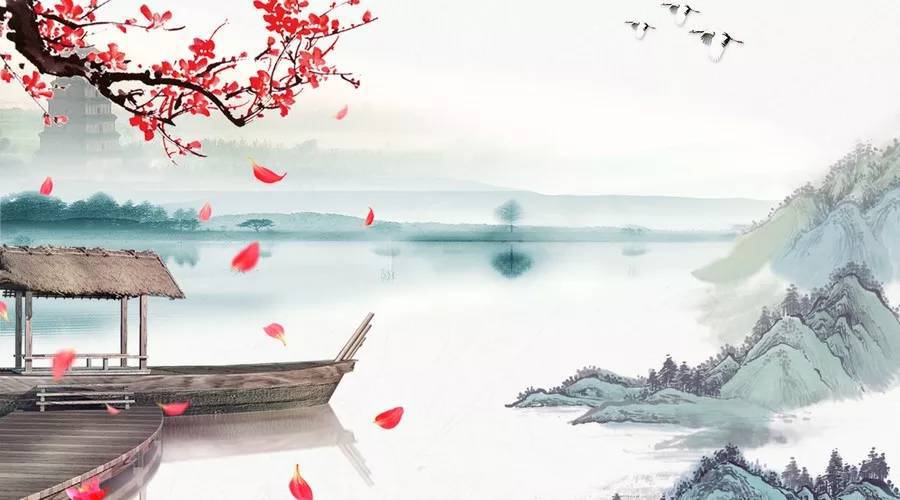
赌胜马蹄下，由来轻七尺。